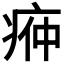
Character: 𭼌